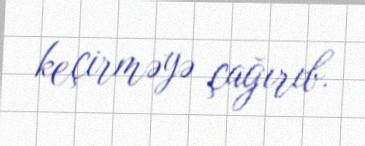
keçirməyə çağırıb.